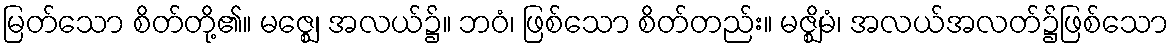
မြတ်သော စိတ်တို့၏။ မဇ္ဈေ၊ အလယ်၌။ ဘဝံ၊ ဖြစ်သော စိတ်တည်း။ မဇ္ဈိမံ၊ အလယ်အလတ်၌ဖြစ်သော